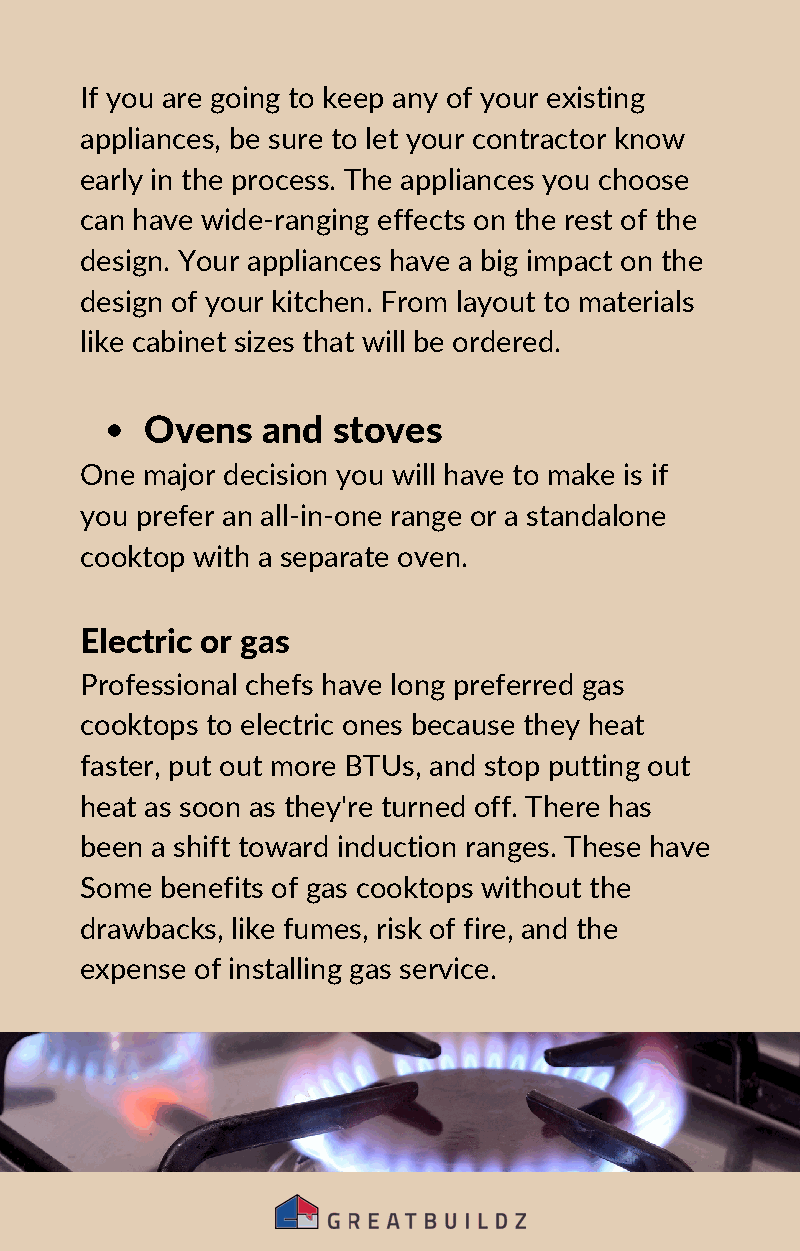
If you are going to keep any of your existing
 appliances, be sure to let your contractor know
 early in the process. The appliances you choose
 can have wide-ranging effects on the rest of the
 design. Your appliances have a big impact on the
 design of your kitchen. From layout to materials
 like cabinet sizes that will be ordered.
 Ovens  and  stoves
 One major decision you will have to make is if
 you prefer an all-in-one range or a standalone
 cooktop with a separate oven.
 Electric or gas
 Professional chefs have long preferred gas
 cooktops to electric ones because they heat
 faster, put out more BTUs, and stop putting out
 heat as soon as they're turned off. There has
 been a shift toward induction ranges. These have
 Some  benefits of gas cooktops without the
 drawbacks, like fumes, risk of fire, and the
 expense of installing gas service.